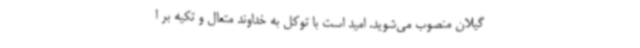
گیلان منصوب می‌شوید. امید است با توکل به خداوند متعال و تکیه بر ا